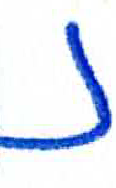
אות: נ